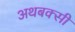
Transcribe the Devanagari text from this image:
अथबक्सी